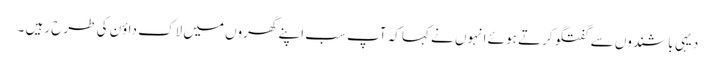
دیہی باشندوں سے گفتگو کرتے ہوئے انہوں نے کہا کہ آپ سب اپنے گھروں میں لاک داؤن کی طرح رہیں ۔